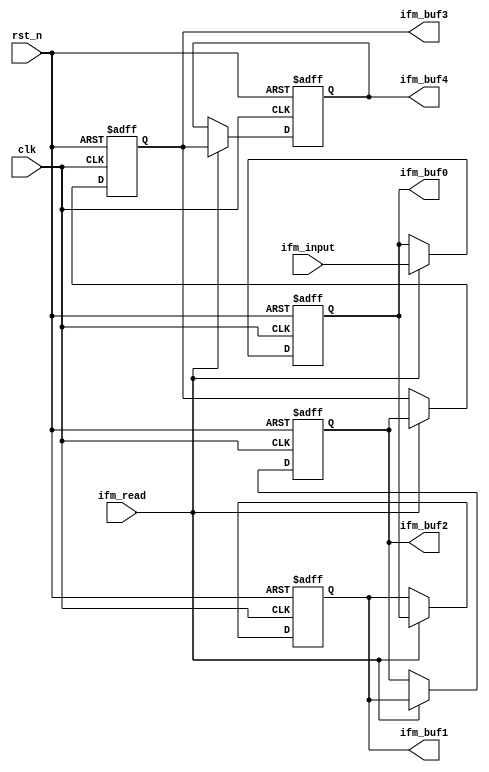
module IFM_BUF 
(
   clk
	,rst_n
	,ifm_input
	,ifm_read
	,ifm_buf0
	,ifm_buf1
	,ifm_buf2
	,ifm_buf3
	,ifm_buf4
);

input clk;
input rst_n;
input signed [7:0] ifm_input;
input ifm_read;
output signed [7:0] ifm_buf0;
output signed [7:0] ifm_buf1;
output signed [7:0] ifm_buf2;
output signed [7:0] ifm_buf3;
output signed [7:0] ifm_buf4;

reg signed [7:0] ifm_buf [4:0];

integer i;

always @(posedge clk or negedge rst_n) 
    if (~rst_n) 
    begin
        for(i = 0; i < 5; i = i + 1)  
        begin
            ifm_buf[i] <= 0;
        end
    end 
    else
    begin
        if(ifm_read)
        begin
            ifm_buf[4] <= ifm_buf[3];
            ifm_buf[3] <= ifm_buf[2];
            ifm_buf[2] <= ifm_buf[1];
            ifm_buf[1] <= ifm_buf[0];
            ifm_buf[0] <= ifm_input;
        end
        else 
        begin
            ifm_buf[4] <= ifm_buf[4];
            ifm_buf[3] <= ifm_buf[3];
            ifm_buf[2] <= ifm_buf[2];
            ifm_buf[1] <= ifm_buf[1];
            ifm_buf[0] <= ifm_buf[0];
        end
    end 

assign ifm_buf0 = ifm_buf[0];
assign ifm_buf1 = ifm_buf[1];
assign ifm_buf2 = ifm_buf[2];
assign ifm_buf3 = ifm_buf[3];
assign ifm_buf4 = ifm_buf[4];

endmodule